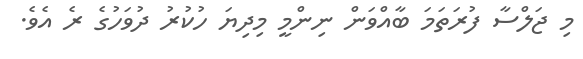
މި ޖަލްސާ ފުރަތަމަ ބާއްވަން ނިންމީ މިދިޔަ ހުކުރު ދުވަހުގެ ރެ އެވެ.